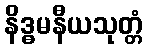
နိဒ္ဓမနီယသုတ္တံ